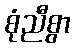
စုံညီစွာ